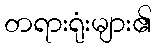
တရားရုံးများ၏